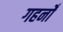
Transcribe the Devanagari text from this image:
गहनोँ